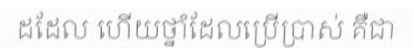
ដដែល ហើយថ្នាំដែលប្រើប្រាស់ គឺជា